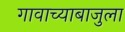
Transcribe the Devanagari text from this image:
गावाच्याबाजुला